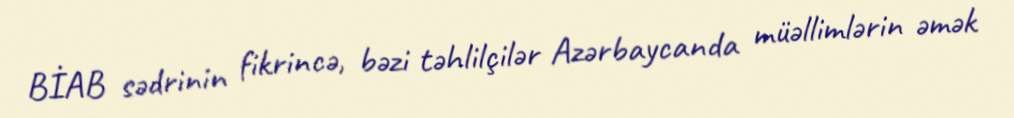
BİAB sədrinin fikrincə, bəzi təhlilçilər Azərbaycanda müəllimlərin əmək